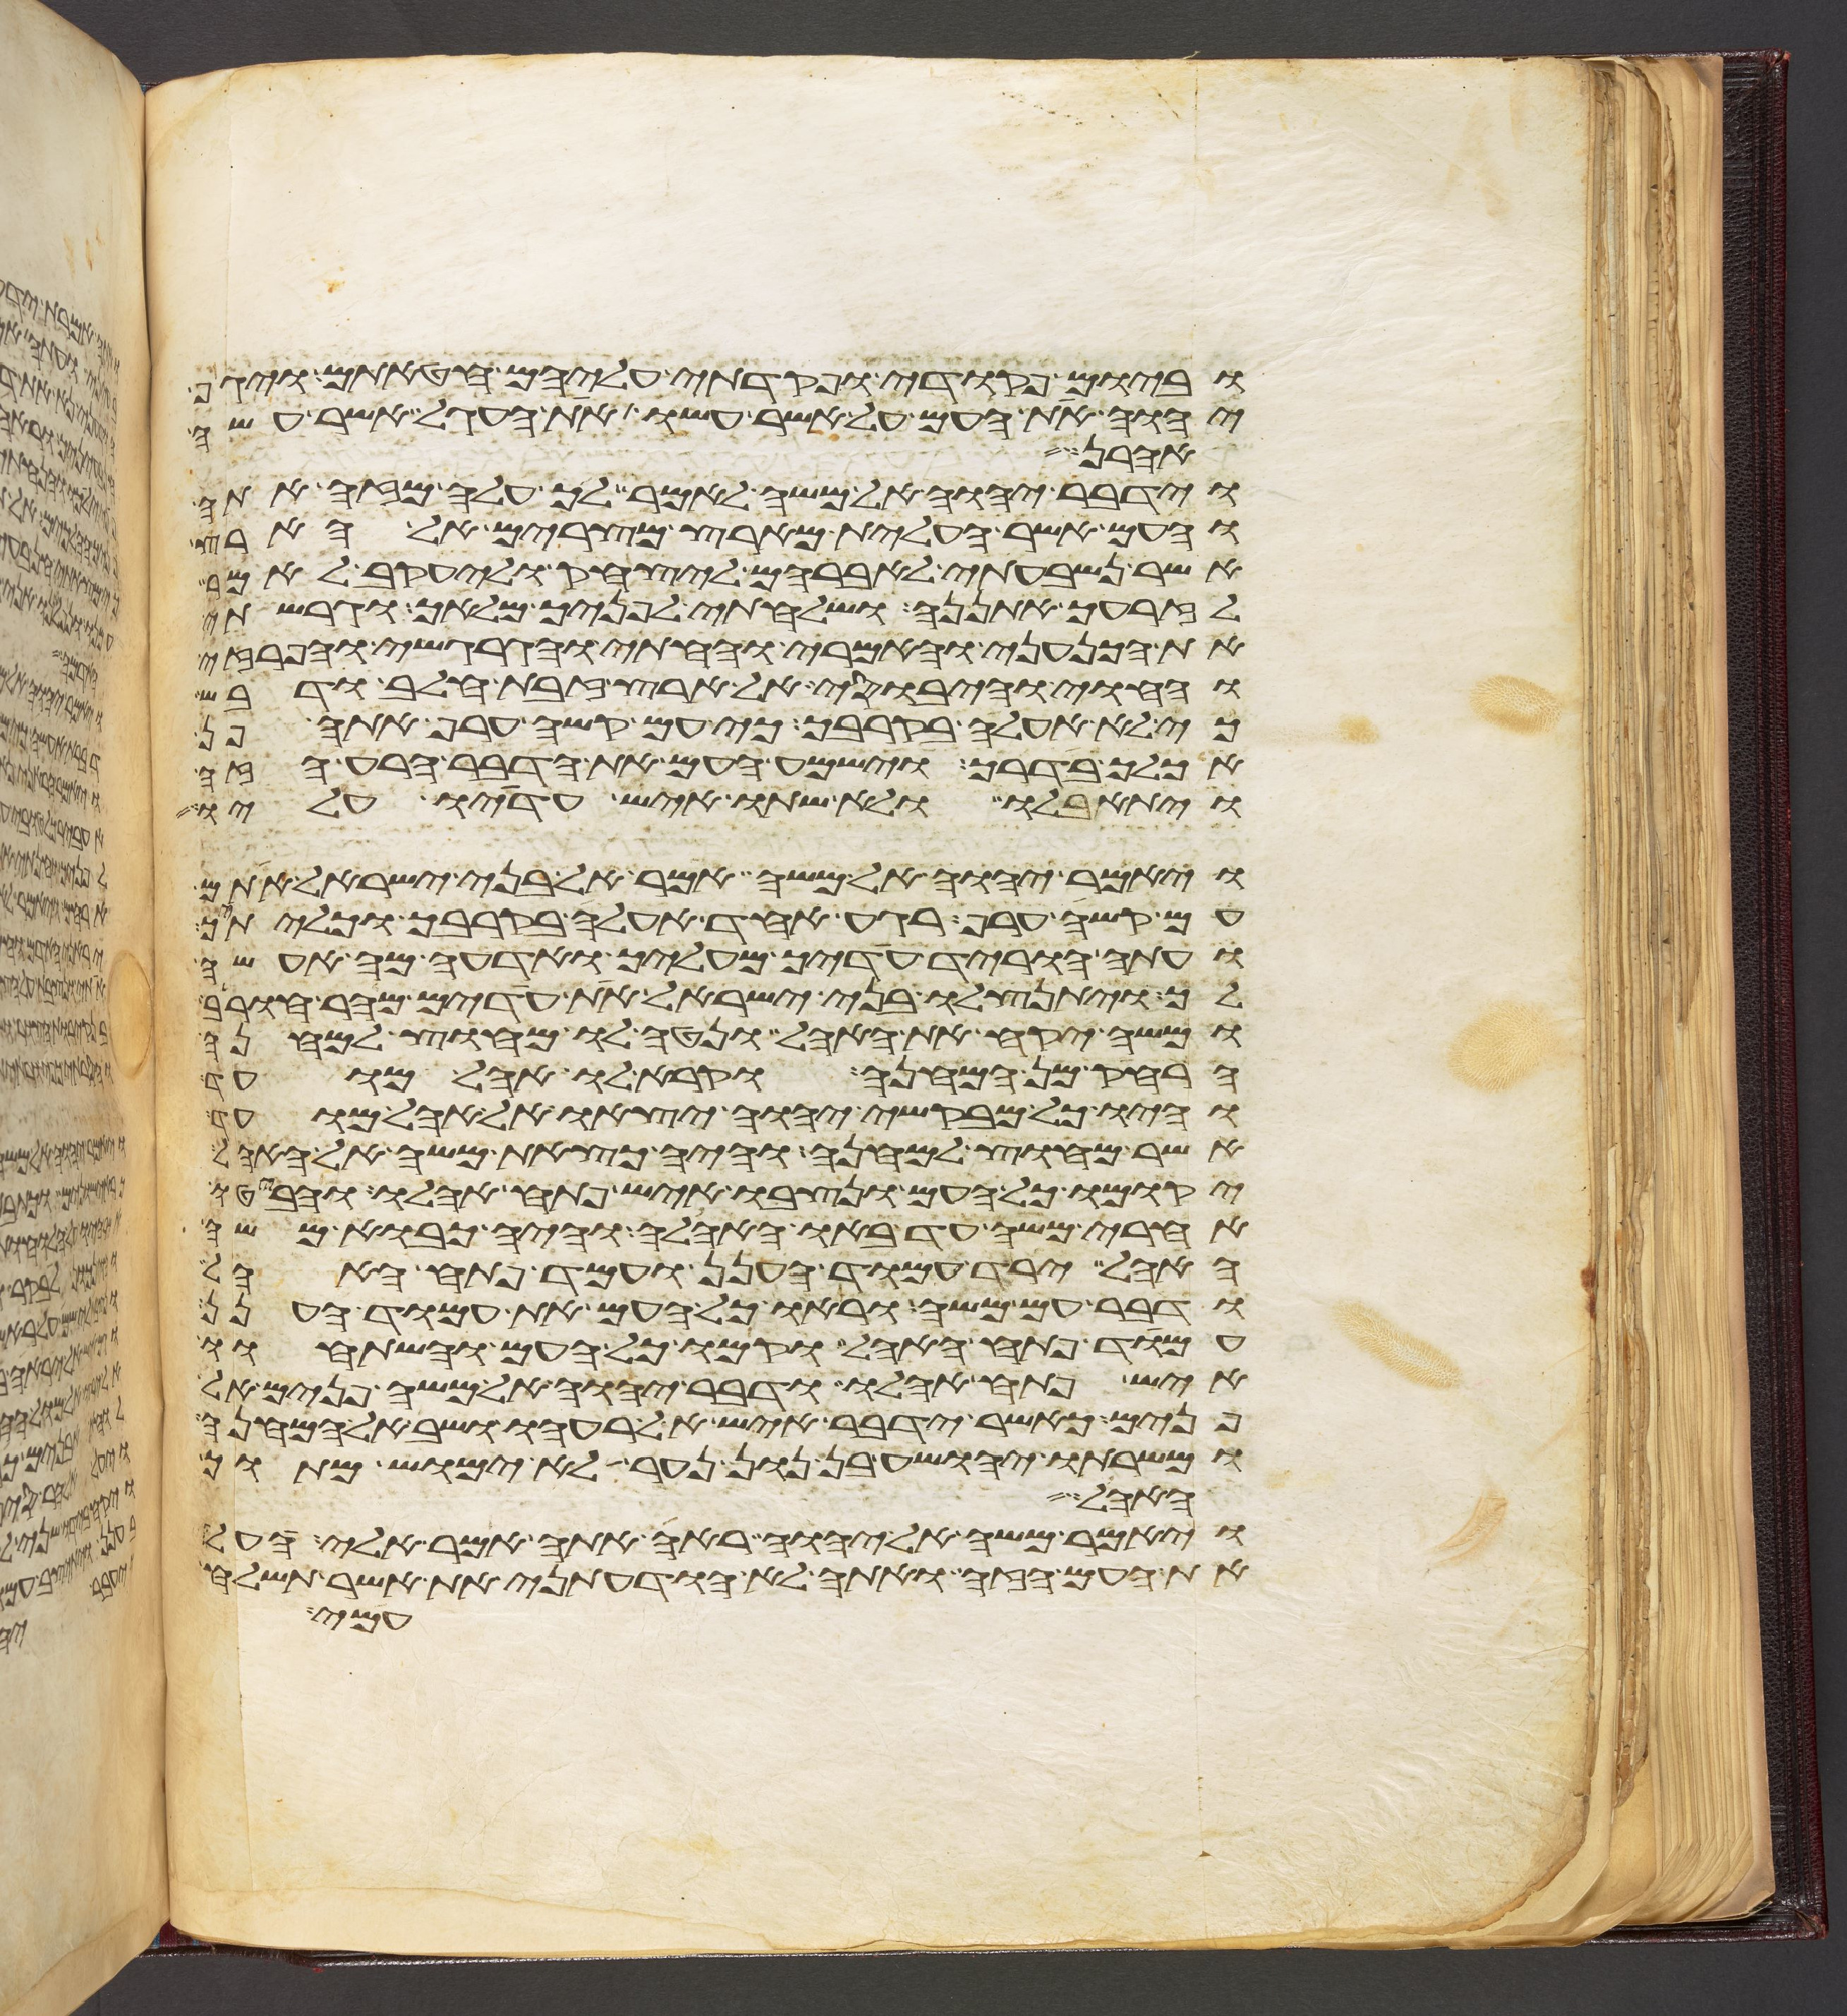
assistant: וביום פקודי ופקדתי עליהם חטאתם ויגף
יהוה את העם על אשר עשו את העגל אשר עשה
אהרן
וידבר יהוה אל משה לאמר לך עלה מזה אתה
והעם אשר העלית מארץ מצרים אל הארץ
אשר נשבעתי לאברהם ליצחק וליעקב לאמר
לזרעך אתננה ושלחתי לפניך מלאך וגרשתי
את הכנעני והאמרי והחתי והגרגשי והפרזי
והחוי והיבוסי אל ארץ זבת חלב ודבש
כי לא אעלה בקרבך כי עם קשה ערף אתה פן
אכלך בדרך וישמע העם את הדבר הרע הזה
ויתאבלו ולא שתו איש עדיו עליו
ויאמר יהוה אל משה אמר אל בני ישראל אתם
עם קשה ערף רגע אחד אעלה בקרבך וכליתיך
ועתה הוריד עדיך מעליך ואדעה מה אעשה
לך ויתנצלו בני ישראל את עדים מהר חורב
ומשה יקח את האהל ונטה לו מחוץ למחנה
הרחיק מן המחנה וקרא לו אהל מועד
והיו כל מבקשי יהוה יצאו אל אהל מועד
אשר מחוץ למחנה והיה כצאת משה אל האהל
יקומו כל העם ונצבו איש פתח אהלו והביטו
אחרי משה עד באו האהלה והיה כבוא משה
האהל ירד עמוד הענן ועמד פתח האהל
ודבר עם משה וראו כל העם את עמוד הענן
עמד פתח האהל וקמו כל העם והשתחוו
איש פתח אהלו ודבר יהוה אל משה פנים אל
פנים כאשר ידבר איש אל רעהו ושב אל המחנה
ומשרתו יהושע בן נון נער לא ימוש מתוך
ויאמר משה אל יהוה ראה אתה אמר אלי העל
את העם הזה ואתה לא הודעתני את אשר תשלח
עמי